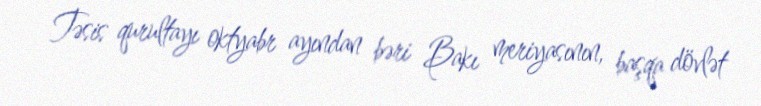
Təsis qurultayı oktyabr ayından bəri Bakı meriyasının, başqa dövlət